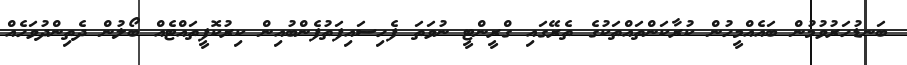
ބަނޑުހަރުވުމުން ބައެއްމީހުން ކުރާކަންތައްތަކުގެ ތެރޭގައި ގްރީންޓީ ނުވަތަ ފެހިސައިފަތުފެންބުއިން ކިރުކޮފީތައްޓެއް ބޯލުން ދެތިންދުވަހެއް